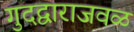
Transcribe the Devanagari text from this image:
गुदद्वाराजवळ